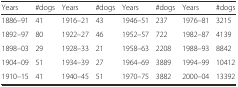
| Years | #dogs | Years | #dogs | Years | #dogs | Years | #dogs |
 | --- | --- | --- | --- | --- | --- | --- | --- |
 | 1886–91 | 41 | 1916–21 | 43 | 1946–51 | 237 | 1976–81 | 3215 |
 | 1892–97 | 80 | 1922–27 | 46 | 1952–57 | 722 | 1982–87 | 4139 |
 | 1898–03 | 29 | 1928–33 | 21 | 1958–63 | 2208 | 1988–93 | 8842 |
 | 1904–09 | 51 | 1934–39 | 27 | 1964–69 | 3889 | 1994–99 | 10412 |
 | 1910–15 | 41 | 1940–45 | 51 | 1970–75 | 3882 | 2000–04 | 13392 |